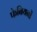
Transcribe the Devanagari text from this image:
फेबियनों